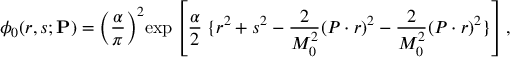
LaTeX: \phi _ { 0 } ( r , s ; { \bf P } ) = \left( \frac { \alpha } { \pi } \right) ^ { 2 } \! \exp \left[ \frac { \alpha } { 2 } \; \{ r ^ { 2 } + s ^ { 2 } - \frac { 2 } { M _ { 0 } ^ { 2 } } ( P \cdot r ) ^ { 2 } - \frac { 2 } { M _ { 0 } ^ { 2 } } ( P \cdot r ) ^ { 2 } \} \right] ,